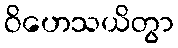
ဝိဟေသယိတွာ